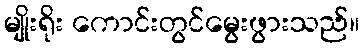
မျိုးရိုး ကောင်းတွင်မွေးဖွားသည်။